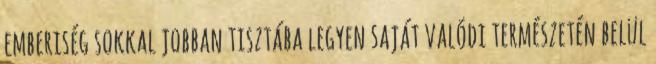
emberiség sokkal jobban tisztába legyen saját valódi természetén belül